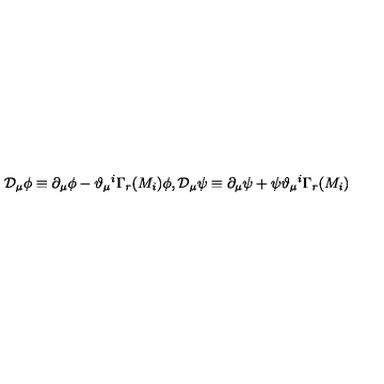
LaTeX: \mathcal { D } _ { \mu } \phi \equiv \partial _ { \mu } \phi - \vartheta _ { \mu } { } ^ { i } \Gamma _ { r } ( M _ { i } ) \phi , \mathcal { D } _ { \mu } \psi \equiv \partial _ { \mu } \psi + \psi \vartheta _ { \mu } { } ^ { i } \Gamma _ { r } ( M _ { i } ) \,